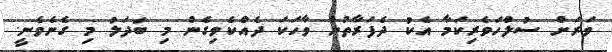
ވަރަށް ސުލްހަވެރިކަމާ އެކު ދެފަރާތުން ވާހަކަ ދެއްކެވިގެން މި ބަދަލު މި ގެނެވެނީ.